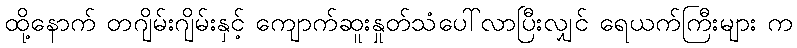
ထို့နောက် တဂျိမ်းဂျိမ်းနှင့် ကျောက်ဆူးနှုတ်သံပေါ်လာပြီးလျှင် ရေယက်ကြီးများ က